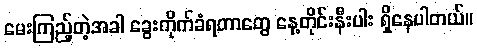
မေးကြည့်တဲ့အခါ ခွေးကိုက်ခံရတာတွေ နေ့တိုင်းနီးပါး ရှိနေပါတယ်။